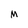
Character: M